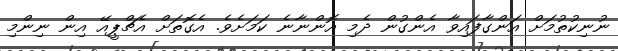
ނުނިކުތުމަށް އަންގާފައިވާ އެންގުން ދެމި އޮންނާނެ ކަމަށެވެ. އެގޮތަށް އެޗްޕީއޭ އިން ނިންމި